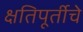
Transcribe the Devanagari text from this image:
क्षतिपूर्तीचे